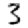
Digit: 3